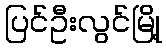
ပြင်ဦးလွင်မြို့